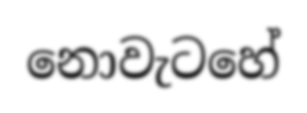
නොවැටහේ